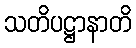
သတိပဋ္ဌာနာတိ